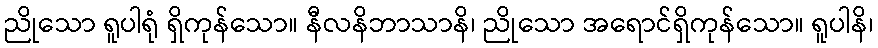
ညိုသော ရူပါရုံ ရှိကုန်သော။ နီလနိဘာသာနိ၊ ညိုသော အရောင်ရှိကုန်သော။ ရူပါနိ၊